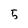
Character: 5